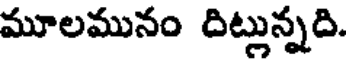
మూలమునం దిట్లున్నది.